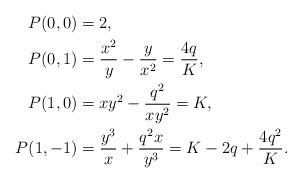
LaTeX: \begin{align*}P(0,0)&=2,\\P(0,1)&=\dfrac{x^{2}}{y}-\dfrac{y}{x^{2}} =\dfrac{4q}{K},\\P(1,0)&=xy^{2}-\dfrac{q^{2}}{xy^{2}} =K,\\P(1,-1)&=\dfrac{y^{3}}{x}+\dfrac{q^{2}x}{y^{3}} =K-2q+\dfrac{4q^{2}}{K}.\end{align*}